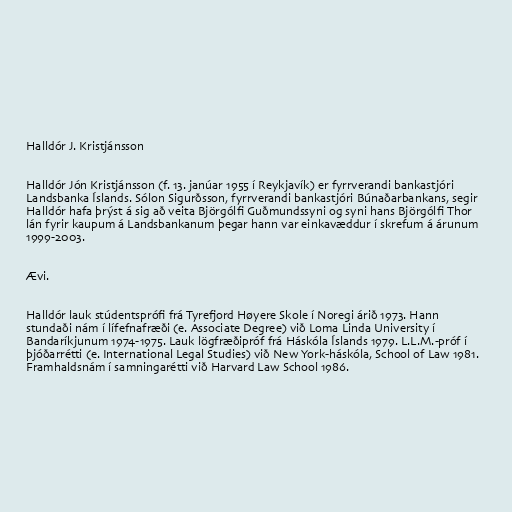
Halldór J. Kristjánsson

Halldór Jón Kristjánsson (f. 13. janúar 1955 í Reykjavík) er fyrrverandi bankastjóri
Landsbanka Íslands. Sólon Sigurðsson, fyrrverandi bankastjóri Búnaðarbankans, segir
Halldór hafa þrýst á sig að veita Björgólfi Guðmundssyni og syni hans Björgólfi Thor
lán fyrir kaupum á Landsbankanum þegar hann var einkavæddur í skrefum á árunum
1999-2003.

Ævi.

Halldór lauk stúdentsprófi frá Tyrefjord Høyere Skole í Noregi árið 1973. Hann
stundaði nám í lífefnafræði (e. Associate Degree) við Loma Linda University í
Bandaríkjunum 1974-1975. Lauk lögfræðipróf frá Háskóla Íslands 1979. L.L.M.-próf í
þjóðarrétti (e. International Legal Studies) við New York-háskóla, School of Law 1981.
Framhaldsnám í samningarétti við Harvard Law School 1986.